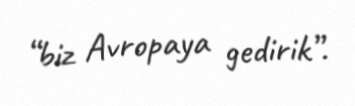
“biz Avropaya gedirik”.